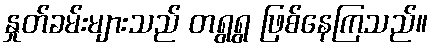
နှုတ်ခမ်းများသည် တရွရွ ဖြစ်နေကြသည်။